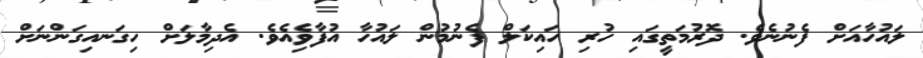
ލައުހާއަށް ފެނުނެވެ. ދޮރުމަތީގައި ހުރި ހައިކަލް ފެނުމުން ލައުހާ އުފާވިެއެވެ. އެދިމާލަށް ހިގަނއިގަންނަށް